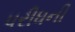
પરીધની